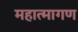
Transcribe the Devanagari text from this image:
महात्मागण